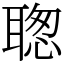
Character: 聦